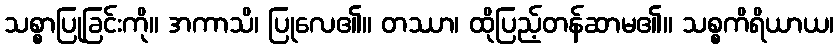
သစ္စာပြုခြင်းကို။ အကာသိ၊ ပြုလေ၏။ တဿာ၊ ထိုပြည့်တန်ဆာမ၏။ သစ္စကိရိယာယ၊